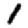
Digit: 1